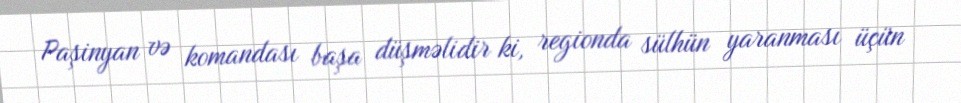
Paşinyan və komandası başa düşməlidir ki, regionda sülhün yaranması üçün